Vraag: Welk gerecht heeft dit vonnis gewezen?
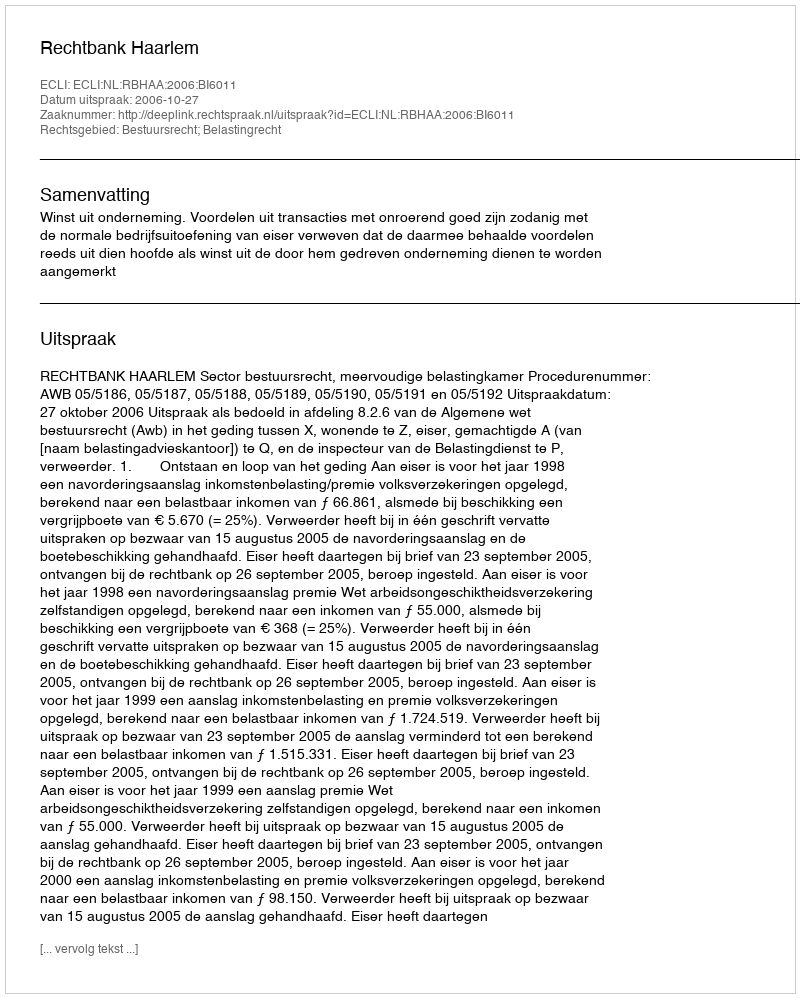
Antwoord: Rechtbank Haarlem